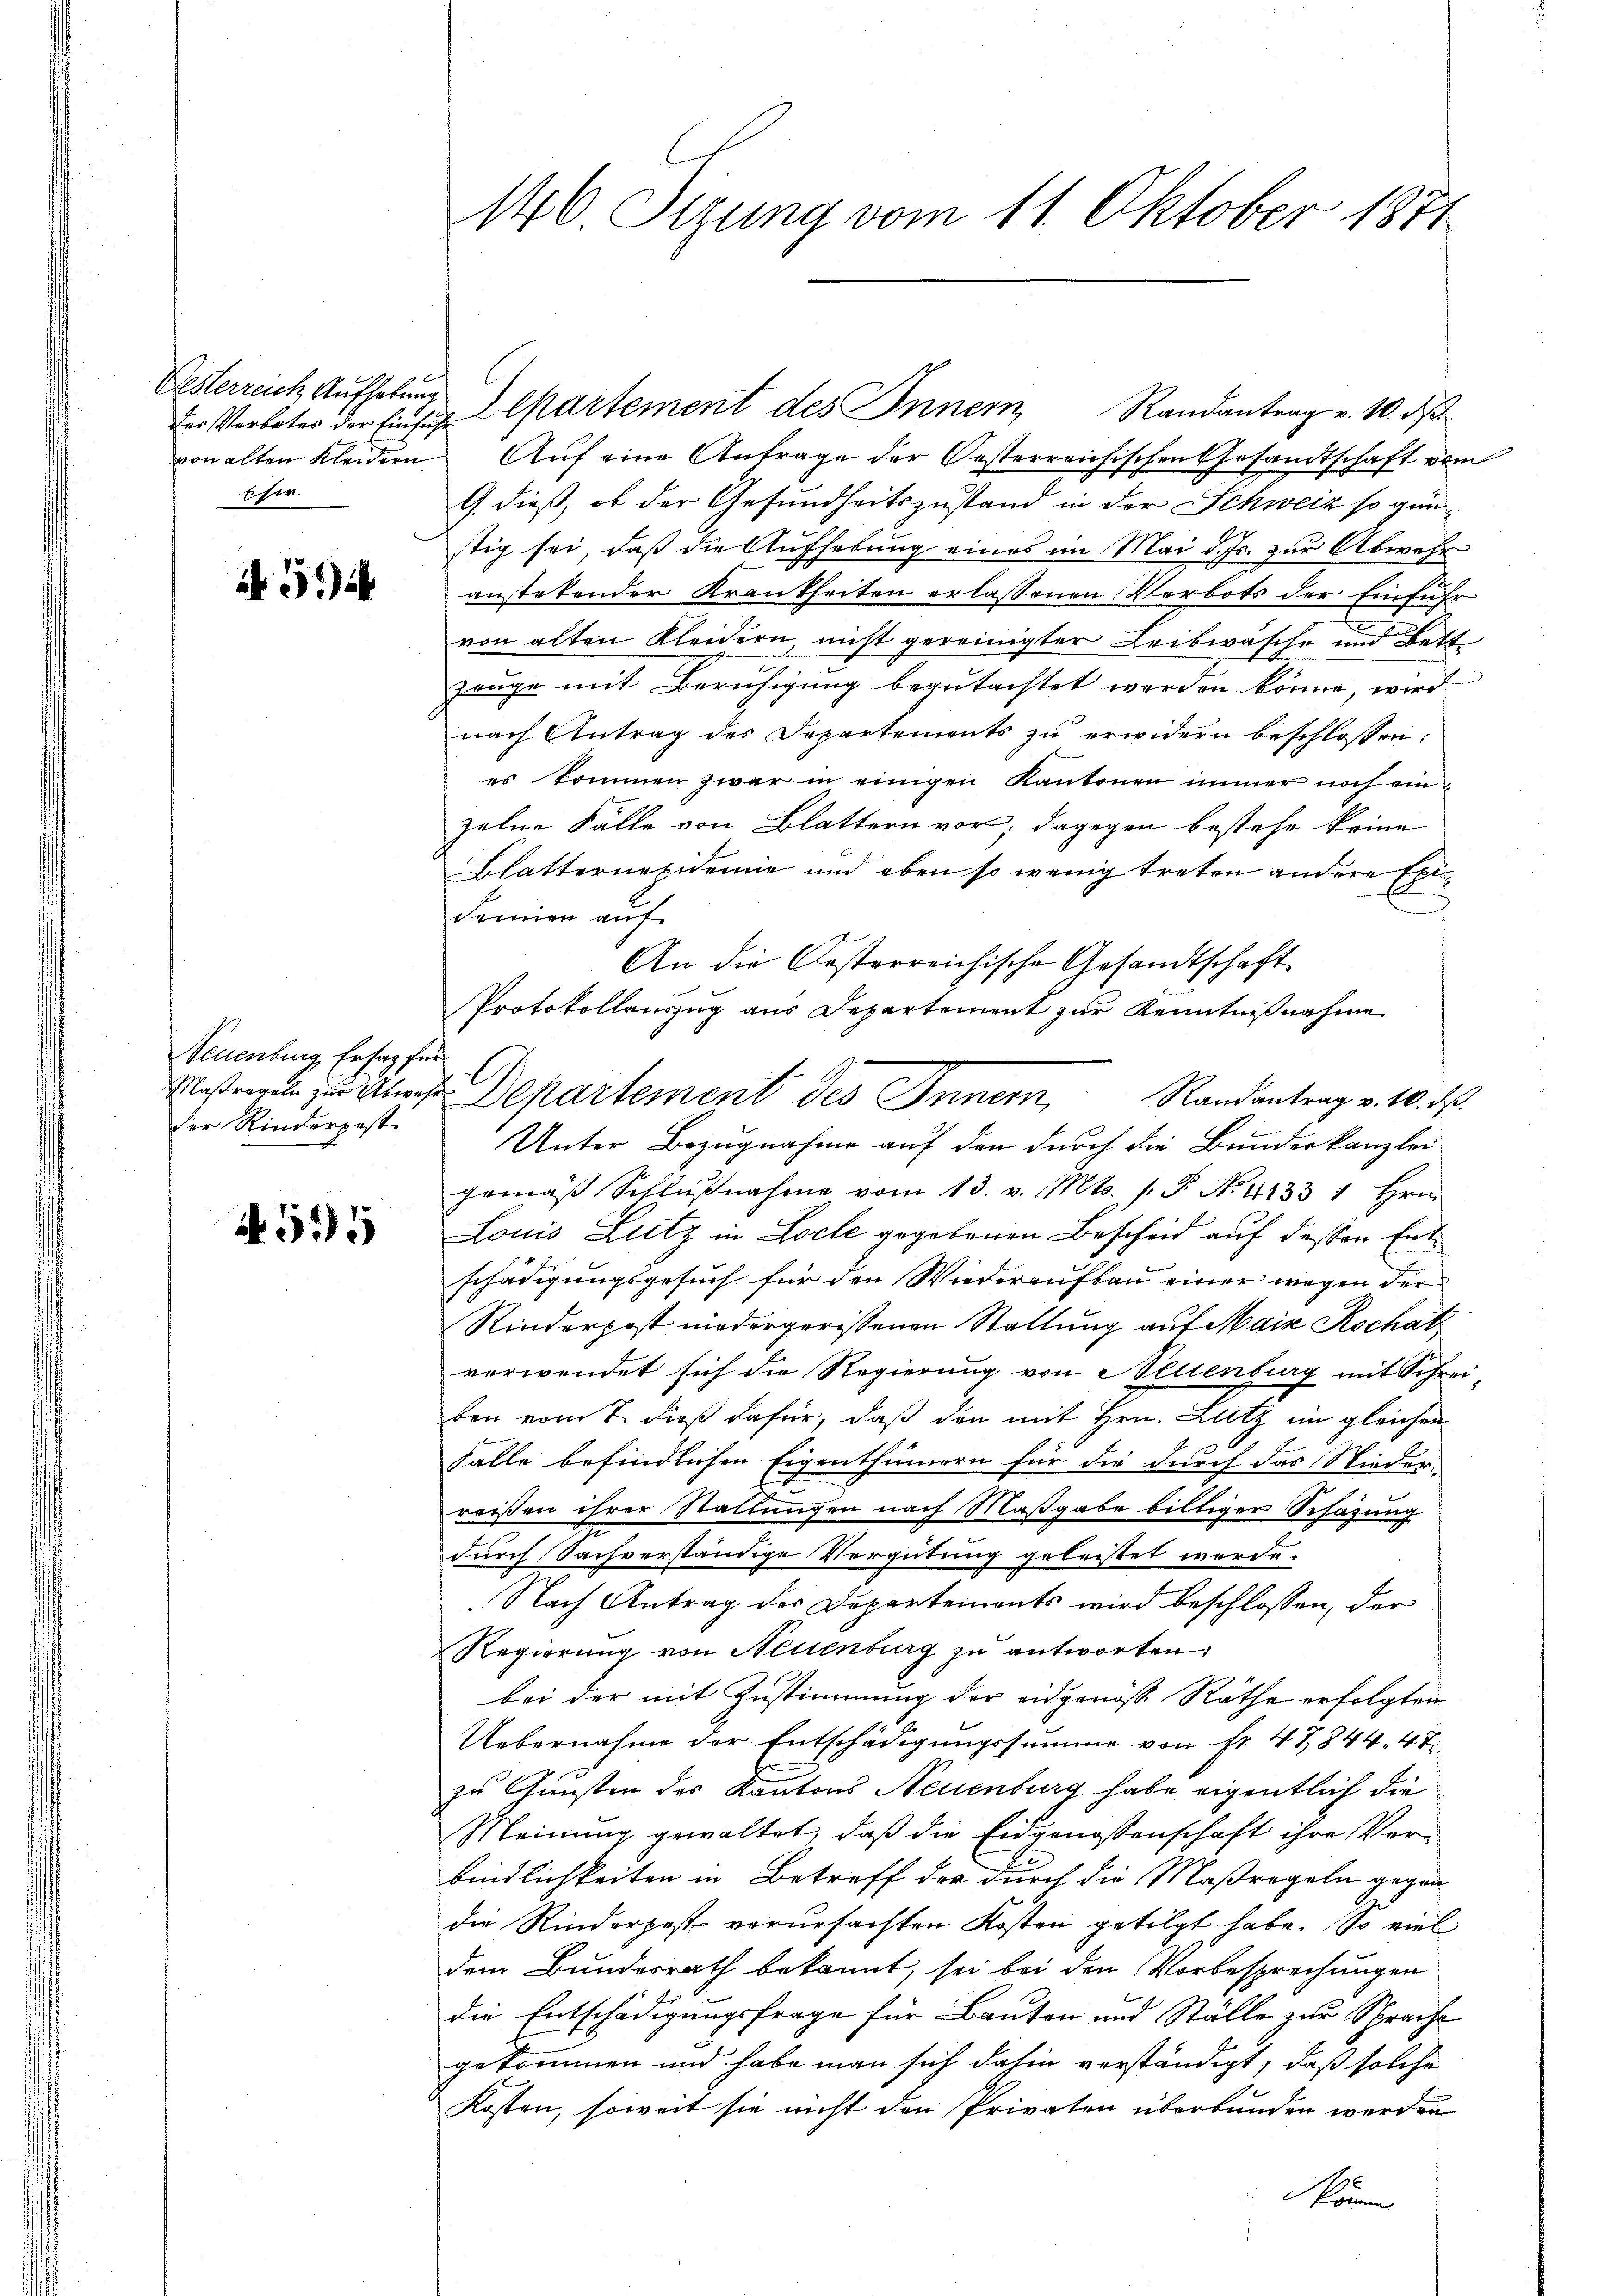
Eesterreich Aufhebung
der Verbotes der Einfuh
von alten Kleidern
Efer.

5

Neuenburg, Ersatz für
Maßregeln zur Abwese
der Rinderpost

4595

146 Sizung vom 11. Oktober 1871

Aŭf eine Antrage der Oesterreichischen Gesandtschaft vom
G. dieß, ob der Gesundheitszustand in der Schweiz so günstig sei, daß die Aufhebung eines im Mai d. Js. zur Abwehr
anstetender Krankheiten erlassenen Verbots der Einführ
f
von alten Kleidern, nicht gereinigter Leibwäsche und Bett
zeuge mit Beruhigung begutachtet werden könne, wird
nach Antrag des Departements zu erwidern beschlossen:
es kommen zwar in einigen Kantonen immer noch einzelne Fälle von Blattern vor; dagegen bestehe keine
Blatternevidemie und eben so wenig treten andere Exi
c
Samien auf
An die Oesterreichische Gesandtschaft
Protokollauszug aus Departement zur Kenntnißnahme
A
Unter Bezugnahme auf den durch die Bundeskanzlei
gemäß Schlußnahme vom 13. v. Mts. (T. No. 4133 1 Hrn.
Louis Lutz in Loche gegebenen Bescheid auf dessen Entschädigungsgesuch für den Wiederaufbau einer wegen der
Rinderpost niedergerissenen Stattung auf Mais Rochat
verwendet sich die Regierung von Neuenburg mit Schreiben vom 7. dieß dafür, daß den mit Hrn. Lutz ein gleichen
Falle befindlichen Eigenthümern für die durch das Niederreißen ihrer Stattungen nach Maßgabe billiger Schazung
durch Sachverständige Vergütung geleistet worde.
Nach Antrag der Departements wird beschlossen, der
Regierung von Neuenburg zu antworten:
bei der mit Zustimmung der eidgenöß Räthe erfolgten
Uebernahme der Entschädigungssumme von Fr. 47844. 47
zu Gunsten des Kantons Neuenburg habe eigentlich die
Meinung gewaltet, daß die Eidgenossenschaft ihre Vorbindlichkeiten in Betreff der durch die Maßregeln gegen
die Rinderpest verursachten Kosten getilgt habe. So viel
dem Bundesrath bekannt, sei bei den Vorbesprechungen
die Entschädigungsfrage für Bauten und Ställe zur Sprache
gekommen und habe man sich dahin verständigt, daß solche
Kosten, soweit sie nicht den Privaten überbunden werden
ömen

Alpartement des Innern Randantrag v. 10. dβ

Departement des Innern, Randantrag v. 10. ds.